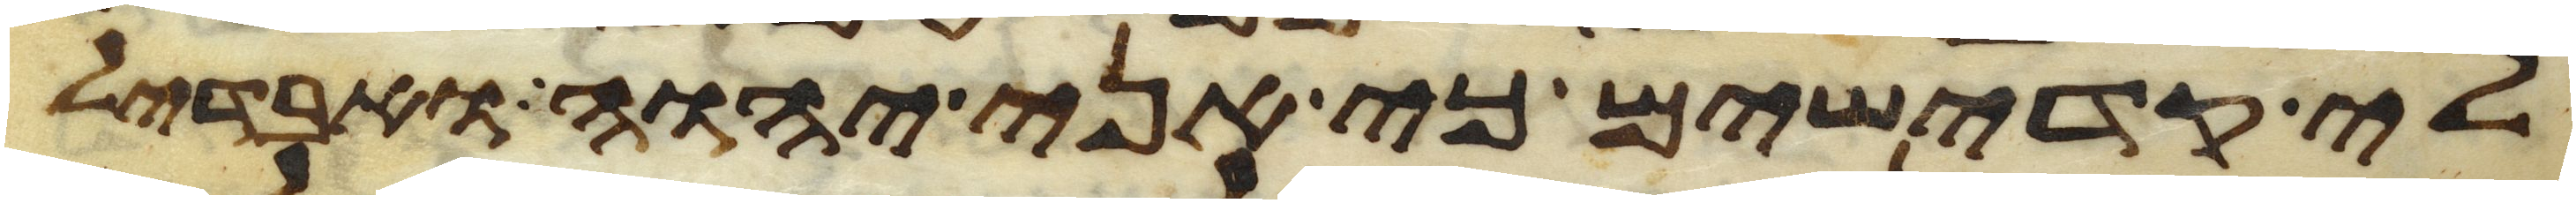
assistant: לי קדישים כי אני יהוה ואבדיל